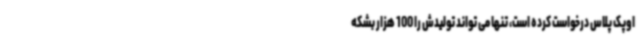
اوپک پلاس درخواست کرده است، تنها می تواند تولیدش را 100 هزار بشکه